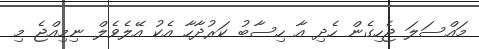
މައްސަލަ ޖެހިގެން ހެދި އާ ހިސާބު ކަރުދާހާ އެކު އޭލެވެލް ނިމިއްޖެ މި